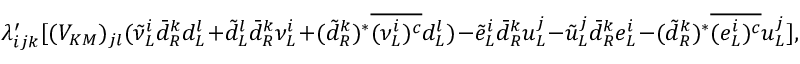
\lambda _ { i j k } ^ { \prime } [ ( V _ { K M } ) _ { j l } ( { \tilde { \nu } } _ { L } ^ { i } { \bar { d } } _ { R } ^ { k } d _ { L } ^ { l } + { \tilde { d } } _ { L } ^ { l } { \bar { d } } _ { R } ^ { k } { \nu } _ { L } ^ { i } + ( \tilde { d } _ { R } ^ { k } ) ^ { * } \overline { { { ( \nu _ { L } ^ { i } ) ^ { c } } } } d _ { L } ^ { l } ) - { \tilde { e } } _ { L } ^ { i } { \bar { d } } _ { R } ^ { k } u _ { L } ^ { j } - { \tilde { u } } _ { L } ^ { j } { \bar { d } } _ { R } ^ { k } e _ { L } ^ { i } - ( \tilde { d } _ { R } ^ { k } ) ^ { * } \overline { { { ( e _ { L } ^ { i } ) ^ { c } } } } u _ { L } ^ { j } ] ,